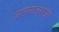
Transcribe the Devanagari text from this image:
जलयात्राओं